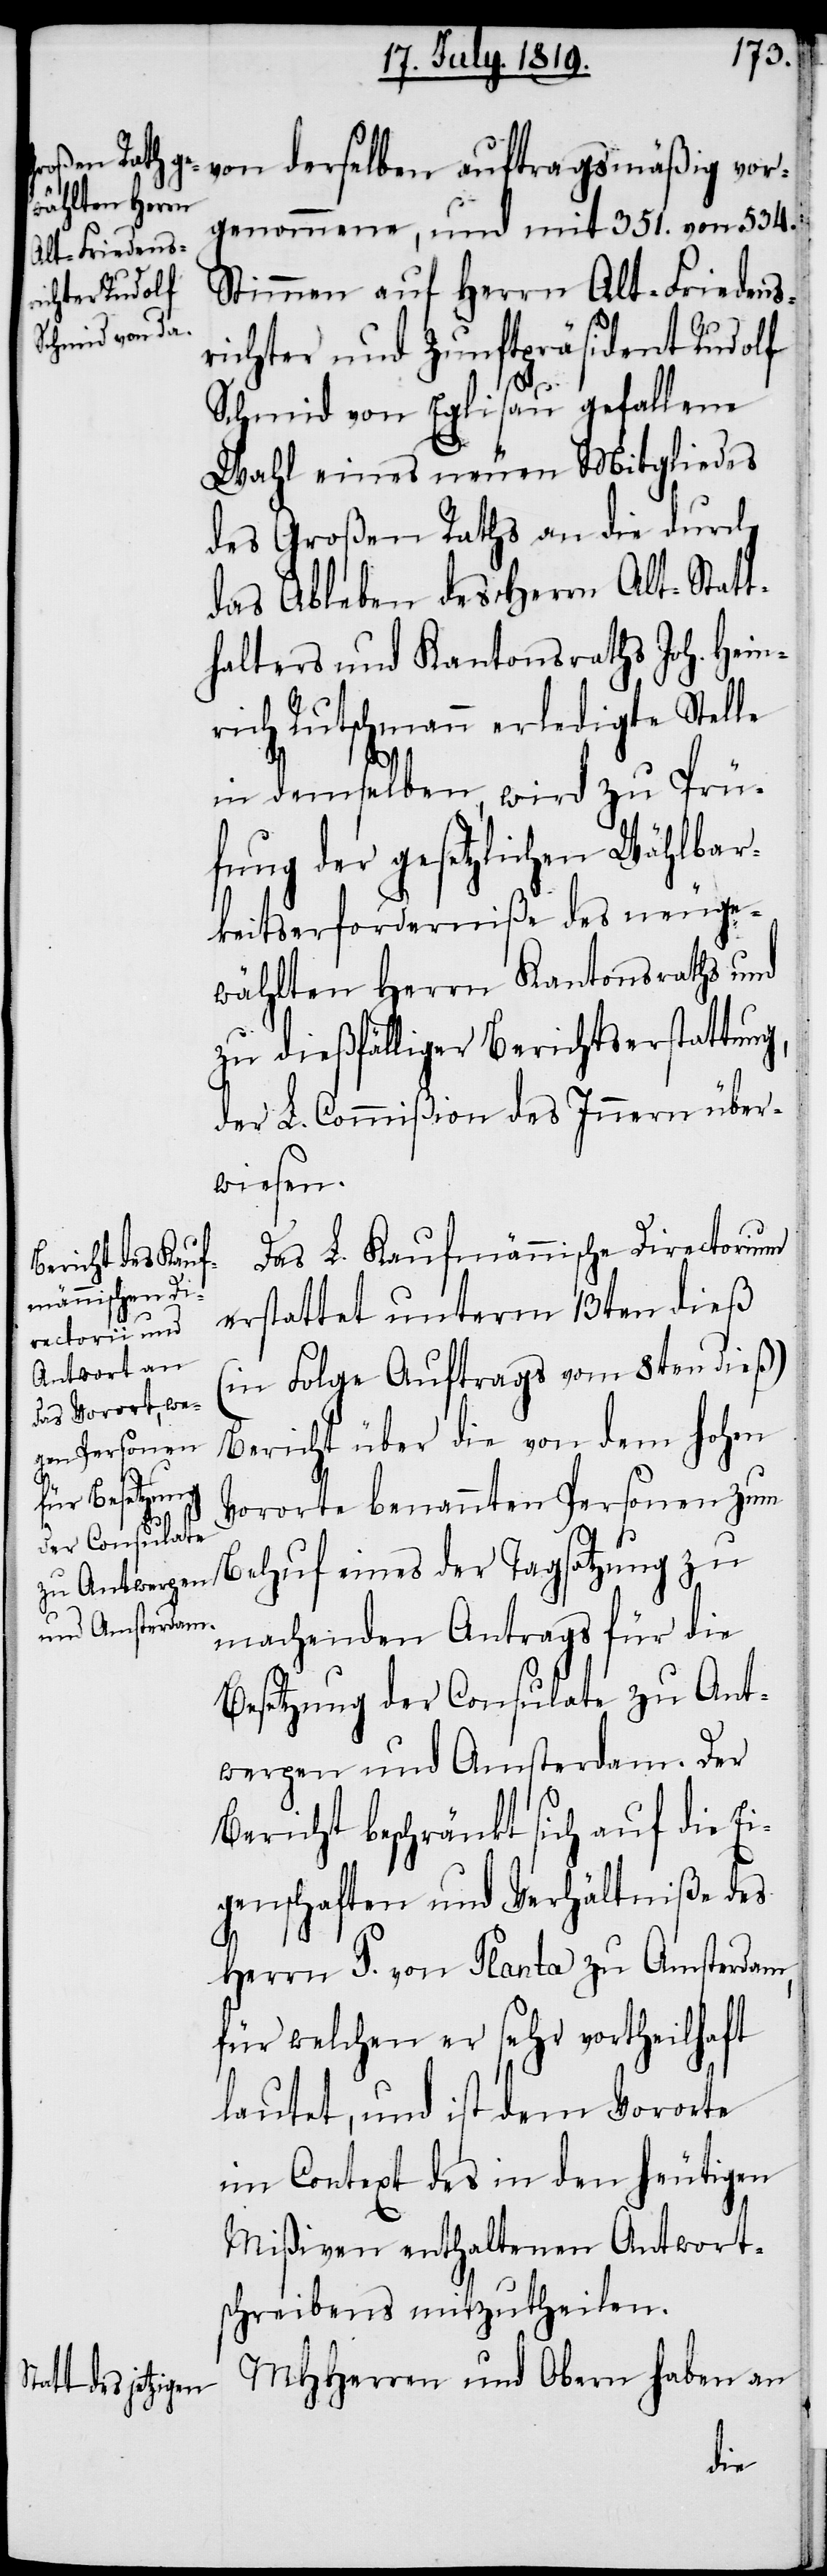
genommene, und mit 351. von 534.
Stimmen auf Herrn Alt-Friedens¬
richter und Zunftpräsident Rudolf
Schmid von Eglisau gefallene
Wahl eines neuen Mitgliedes
des Großen Raths an die durch
das Ableben des Herrn Alt-Statt¬
halters und Kantonsraths Joh. Hein¬
rich Rutschmann erledigte Stelle
in demselben, wird zu Prü¬
fung der gesetzlichen Wählbar¬
keitserforderniße des neuge¬
wählten Herrn Kantonsraths und
zu dießfälliger Berichtserstattung,
der L. Commißion des Innern über¬
wiesen.
Das L. Kaufmännische Directorium
erstattet unterm 13ten dieß
(in Folge Auftrags vom 8ten dieß)
Bericht über die von dem hohen
Vororte benannten Personen zum
vor¬
Behuf eines der Tagsatzung zu
machenden Antrags für die
Besetzung der Consulate zu Ant¬
werpen und Amsterdam. Der
Bericht beschränkt sich auf die Ei¬
genschaften und Verhältniße des
Herrn P. von Planta zu Amsterdam,
für welchen er sehr vortheilhaft
lautet, und ist dem Vororte
im Context des in den heutigen
Mißiven enthaltenen Antwort¬
schreibens mitzutheilen.
MHHerren und Obern haben an